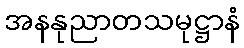
အနနုညာတသမုဋ္ဌာနံ